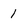
Character: 1